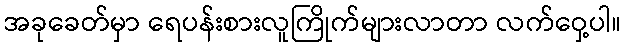
အခုခေတ်မှာ ရေပန်းစားလူကြိုက်များလာတာ လက်ဝှေ့ပါ။